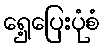
ရှေ့ပြေးပုံစံ